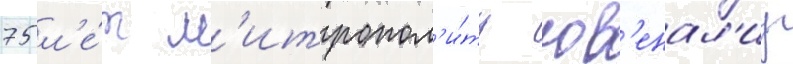
75 л'е́т м'итропол'и́ту юв'енал'иу